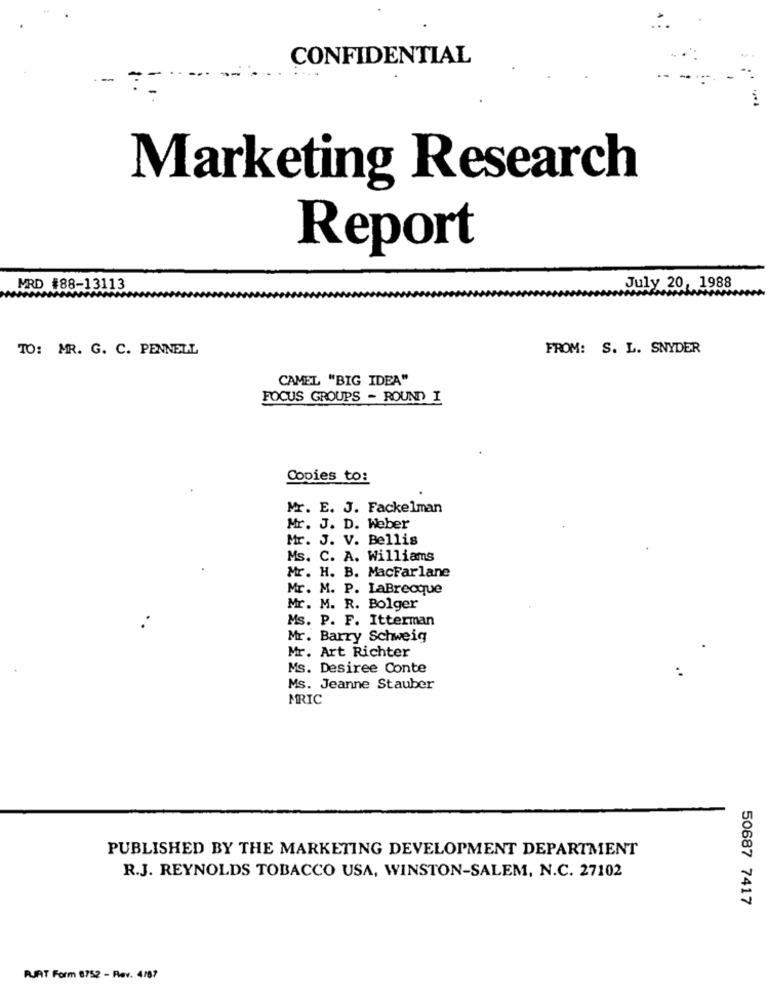
CONFIDENTIAL
Marketing Research
Report
MRD #88-13113
July 20, 1988
TO: MR. G. C. PENNELL
FROM: S. L. SNYDER
CAMEL "BIG IDEA"
FOCUS GROUPS - ROUND I
Copies to:
Mr. E. J. Fackelman
Mr. J. D. Weber
Mr. J. V. Bellis
Ms. C. A. Williams
Mr. H. B. MacFarlane
Mr. M. P. LaBrecque
Mr. M. R. Bolger
Ms. P. F. Itterman
Mr. Barry Schweig
Mr. Art Richter
Ms. Desiree Conte
Ms. Jeanne Stauber
MRIC
PUBLISHED BY THE MARKETING DEVELOPMENT DEPARTMENT
R.J. REYNOLDS TOBACCO USA, WINSTON-SALEM, N.C. 27102
50687 7417
FUAT Form 8752 - Rev. 4/87